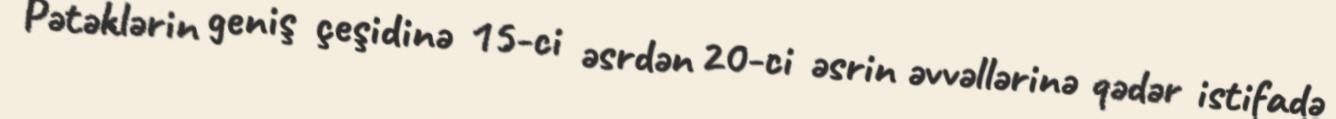
Pətəklərin geniş çeşidinə 15-ci əsrdən 20-ci əsrin əvvəllərinə qədər istifadə